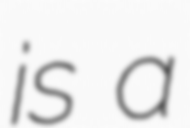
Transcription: is a